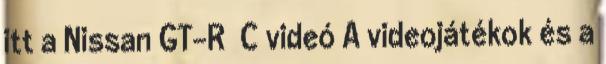
itt a Nissan GT-R C videó A videojátékok és a